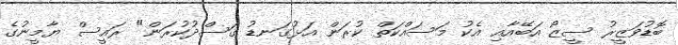
ބޮޑުވަޒީރު ސީޒޯ އަބޭއާއި އެކު މަސައްކަތް ކުރަން އަޅުގަނޑު ގަސްދުކުރަން" ރައީސް ޔާމީނުގެ